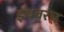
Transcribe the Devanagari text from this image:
इथवरच